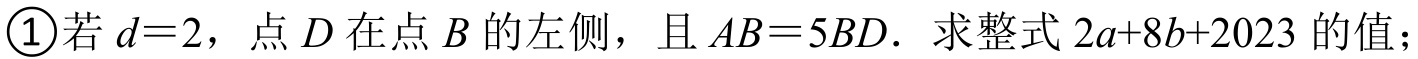
\textcircled{1}若\(d = 2\)，点\(D\)在点\(B\)的左侧，且\(AB = 5BD\). 求整式\(2a + 8b+2023\)的值；